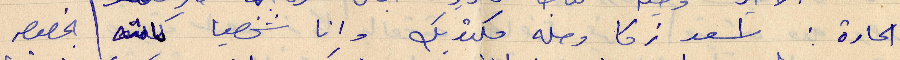
الحارة: اسعد زكا وصله مكتوبك وإنا شخصيًا بخصوص